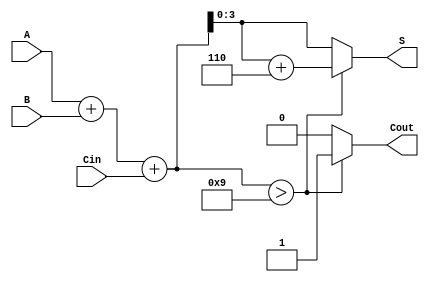
module BCD_Ripple_Carry_Adder (
    input [3:0] A,      // First BCD digit
    input [3:0] B,      // Second BCD digit
    input Cin,          // Carry-in
    output reg [3:0] S, // BCD sum output
    output reg Cout      // Carry-out
);

    wire [4:0] sum;     // Intermediate sum (5 bits to accommodate carry)
    wire [4:0] corrected_sum; // Corrected sum after BCD adjustment

    // Full adder logic for BCD addition
    assign sum = A + B + Cin;

    // BCD correction logic
    always @(*) begin
        // Check if the sum exceeds 9 (1001 in binary)
        if (sum > 4'b1001) begin
            corrected_sum = sum + 5'b00110; // Add 6 (0110 in binary)
            Cout = 1; // Set carry-out
        end else begin
            corrected_sum = sum; // No correction needed
            Cout = 0; // No carry-out
        end
        S = corrected_sum[3:0]; // Assign the lower 4 bits to the output
    end

endmodule